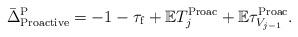
LaTeX: \begin{align*}\bar{\Delta}^{\rm P}_{\rm Proactive}=-1-\tau_{\rm f}+\mathbb{E}T^{\rm Proac}_j+\mathbb{E}\tau^{\rm Proac}_{V_{j-1}}.\end{align*}